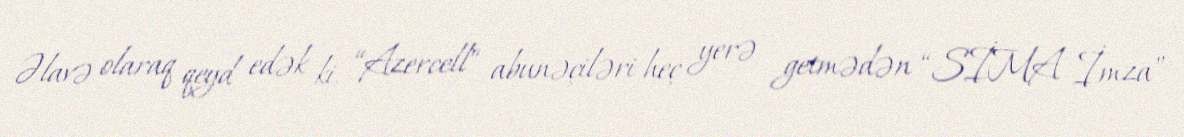
Əlavə olaraq qeyd edək ki, “Azercell” abunəçiləri heç yerə getmədən “SİMA İmza”